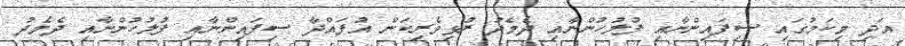
އަދި މިކަމުގައި ސިފައިންނާއި ފުލުހުންނާއި ދެމެދު ރުޅިވެރިކަން އުފައްދާ ސިފައިންނާއި ފުލުހުންނާއި ދެމެދު